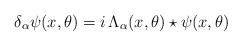
LaTeX: \begin{align*}\delta_\alpha \psi(x,\theta) = i \, \Lambda_\alpha(x,\theta) \star \psi(x,\theta) \end{align*}